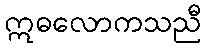
ဣဓလောကသညီ